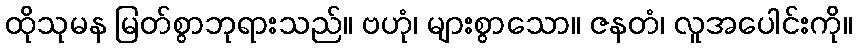
ထိုသုမန မြတ်စွာဘုရားသည်။ ဗဟုံ၊ များစွာသော။ ဇနတံ၊ လူအပေါင်းကို။